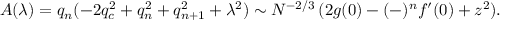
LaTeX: A ( \lambda ) = q _ { n } ( - 2 q _ { c } ^ { 2 } + q _ { n } ^ { 2 } + q _ { n + 1 } ^ { 2 } + \lambda ^ { 2 } ) \sim N ^ { - 2 / 3 } \, ( 2 g ( 0 ) - ( - ) ^ { n } f ^ { \prime } ( 0 ) + z ^ { 2 } ) .